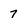
Character: 7